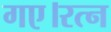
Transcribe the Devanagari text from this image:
गए।रत्न